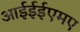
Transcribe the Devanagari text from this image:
आईईईएमए